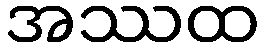
အဿထ